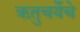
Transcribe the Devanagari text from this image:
ऋतुचर्येचे